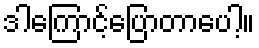
ဒါကြောင့်ပြောတာပေါ့။